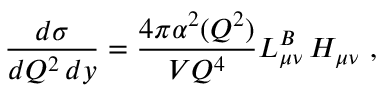
\frac { d \sigma } { d Q ^ { 2 } \, d y } = \frac { 4 \pi \alpha ^ { 2 } ( Q ^ { 2 } ) } { V Q ^ { 4 } } L _ { \mu \nu } ^ { B } \, H _ { \mu \nu } \ ,